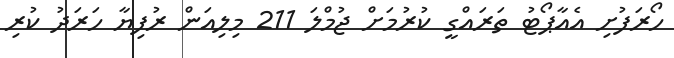
ހޯރަފުށި އެއާޕޯޓު ތަރައްގީ ކުރުމަށް ޖުމްލަ 211 މިލިއަން ރުފިޔާ ހަރަދު ކުރި